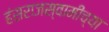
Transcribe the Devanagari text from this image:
हंसराजस्वामींच्या